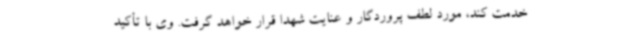
خدمت کند، مورد لطف پروردگار و عنایت شهدا قرار خواهد گرفت. وی با تأکید